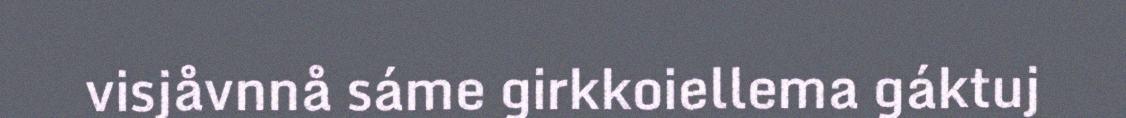
visjåvnnå sáme girkkoiellema gáktuj